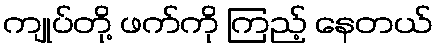
ကျုပ်တို့ ဖက်ကို ကြည့် နေတယ်